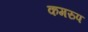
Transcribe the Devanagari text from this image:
कमरुप